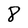
Character: 8